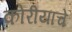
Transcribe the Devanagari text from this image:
कोरीयाचे